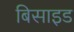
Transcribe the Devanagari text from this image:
बिसाइड